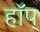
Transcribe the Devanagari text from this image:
हॉप्